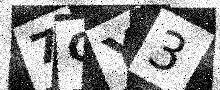
Text: 7CY3